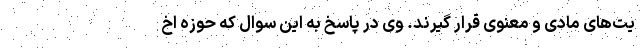
یت‌های مادی و معنوی قرار گیرند. وی در پاسخ به این سوال که حوزه اخ